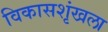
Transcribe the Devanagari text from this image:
विकासशृंखला